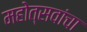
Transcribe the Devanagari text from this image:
महोत्सवांचा